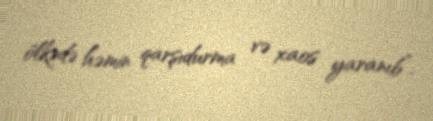
ölkədə həmin qarşıdurma və xaos yaranıb”.